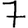
Digit: 7